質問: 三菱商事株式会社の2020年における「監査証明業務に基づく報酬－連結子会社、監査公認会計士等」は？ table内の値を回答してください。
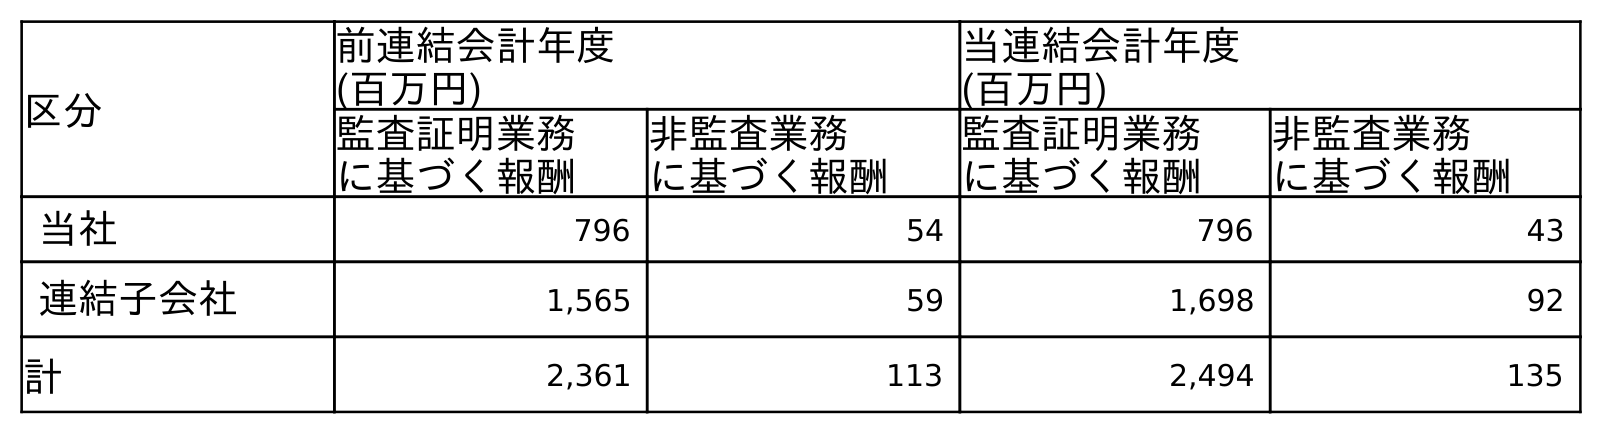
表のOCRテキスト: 区分 前連結会計年度 (百万円) 当連結会計年度 (百万円) 監査証明業務 に基づく報酬 非監査業務 に基づく報酬 監査証明業務 に基づく報酬 非監査業務 に基づく報酬 当社 796 54 796 43 連結子会社 1,565 59 1,698 92 計 2,361 113 2,494 135
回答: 1,698